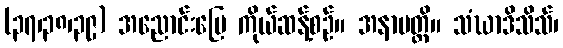
(၃၇၊၃၈၊၃၉) အညောင်းပြေ ကိုယ်ဆန့်စဉ်။ အနာပတ္တိ။ သံဃာဒိသိသ်၊